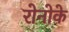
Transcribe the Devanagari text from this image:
रोनोके